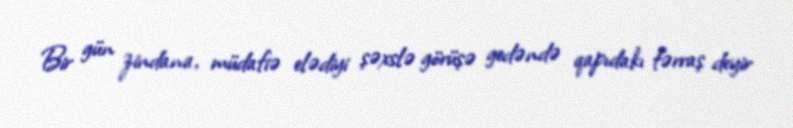
Bir gün zindana, müdafiə elədiyi şəxslə görüşə gedəndə qapıdakı fərraş deyir